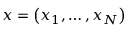
\boldsymbol { x } = \left( x _ { 1 } , \dots , x _ { N } \right)